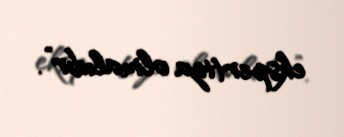
ekspertiza olmalıdır”.